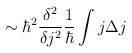
\begin{align*}\sim \hbar ^{2}\frac{\delta ^{2}}{\delta j^{2}}\frac{1}{\hbar }\int j\Delta j\end{align*}